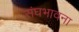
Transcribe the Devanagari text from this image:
संघभावना